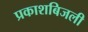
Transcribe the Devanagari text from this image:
प्रकाशबिजली